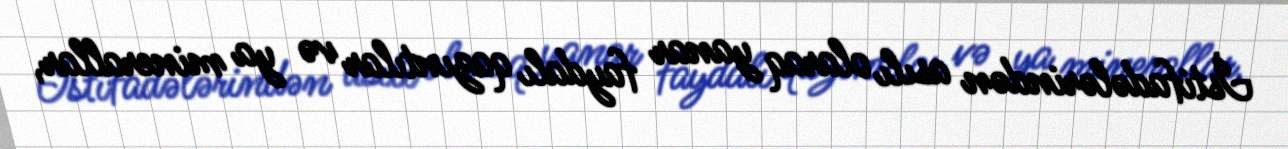
İstifadələrindən asılı olaraq yanar faydalı qazıntılar və ya minerallar,